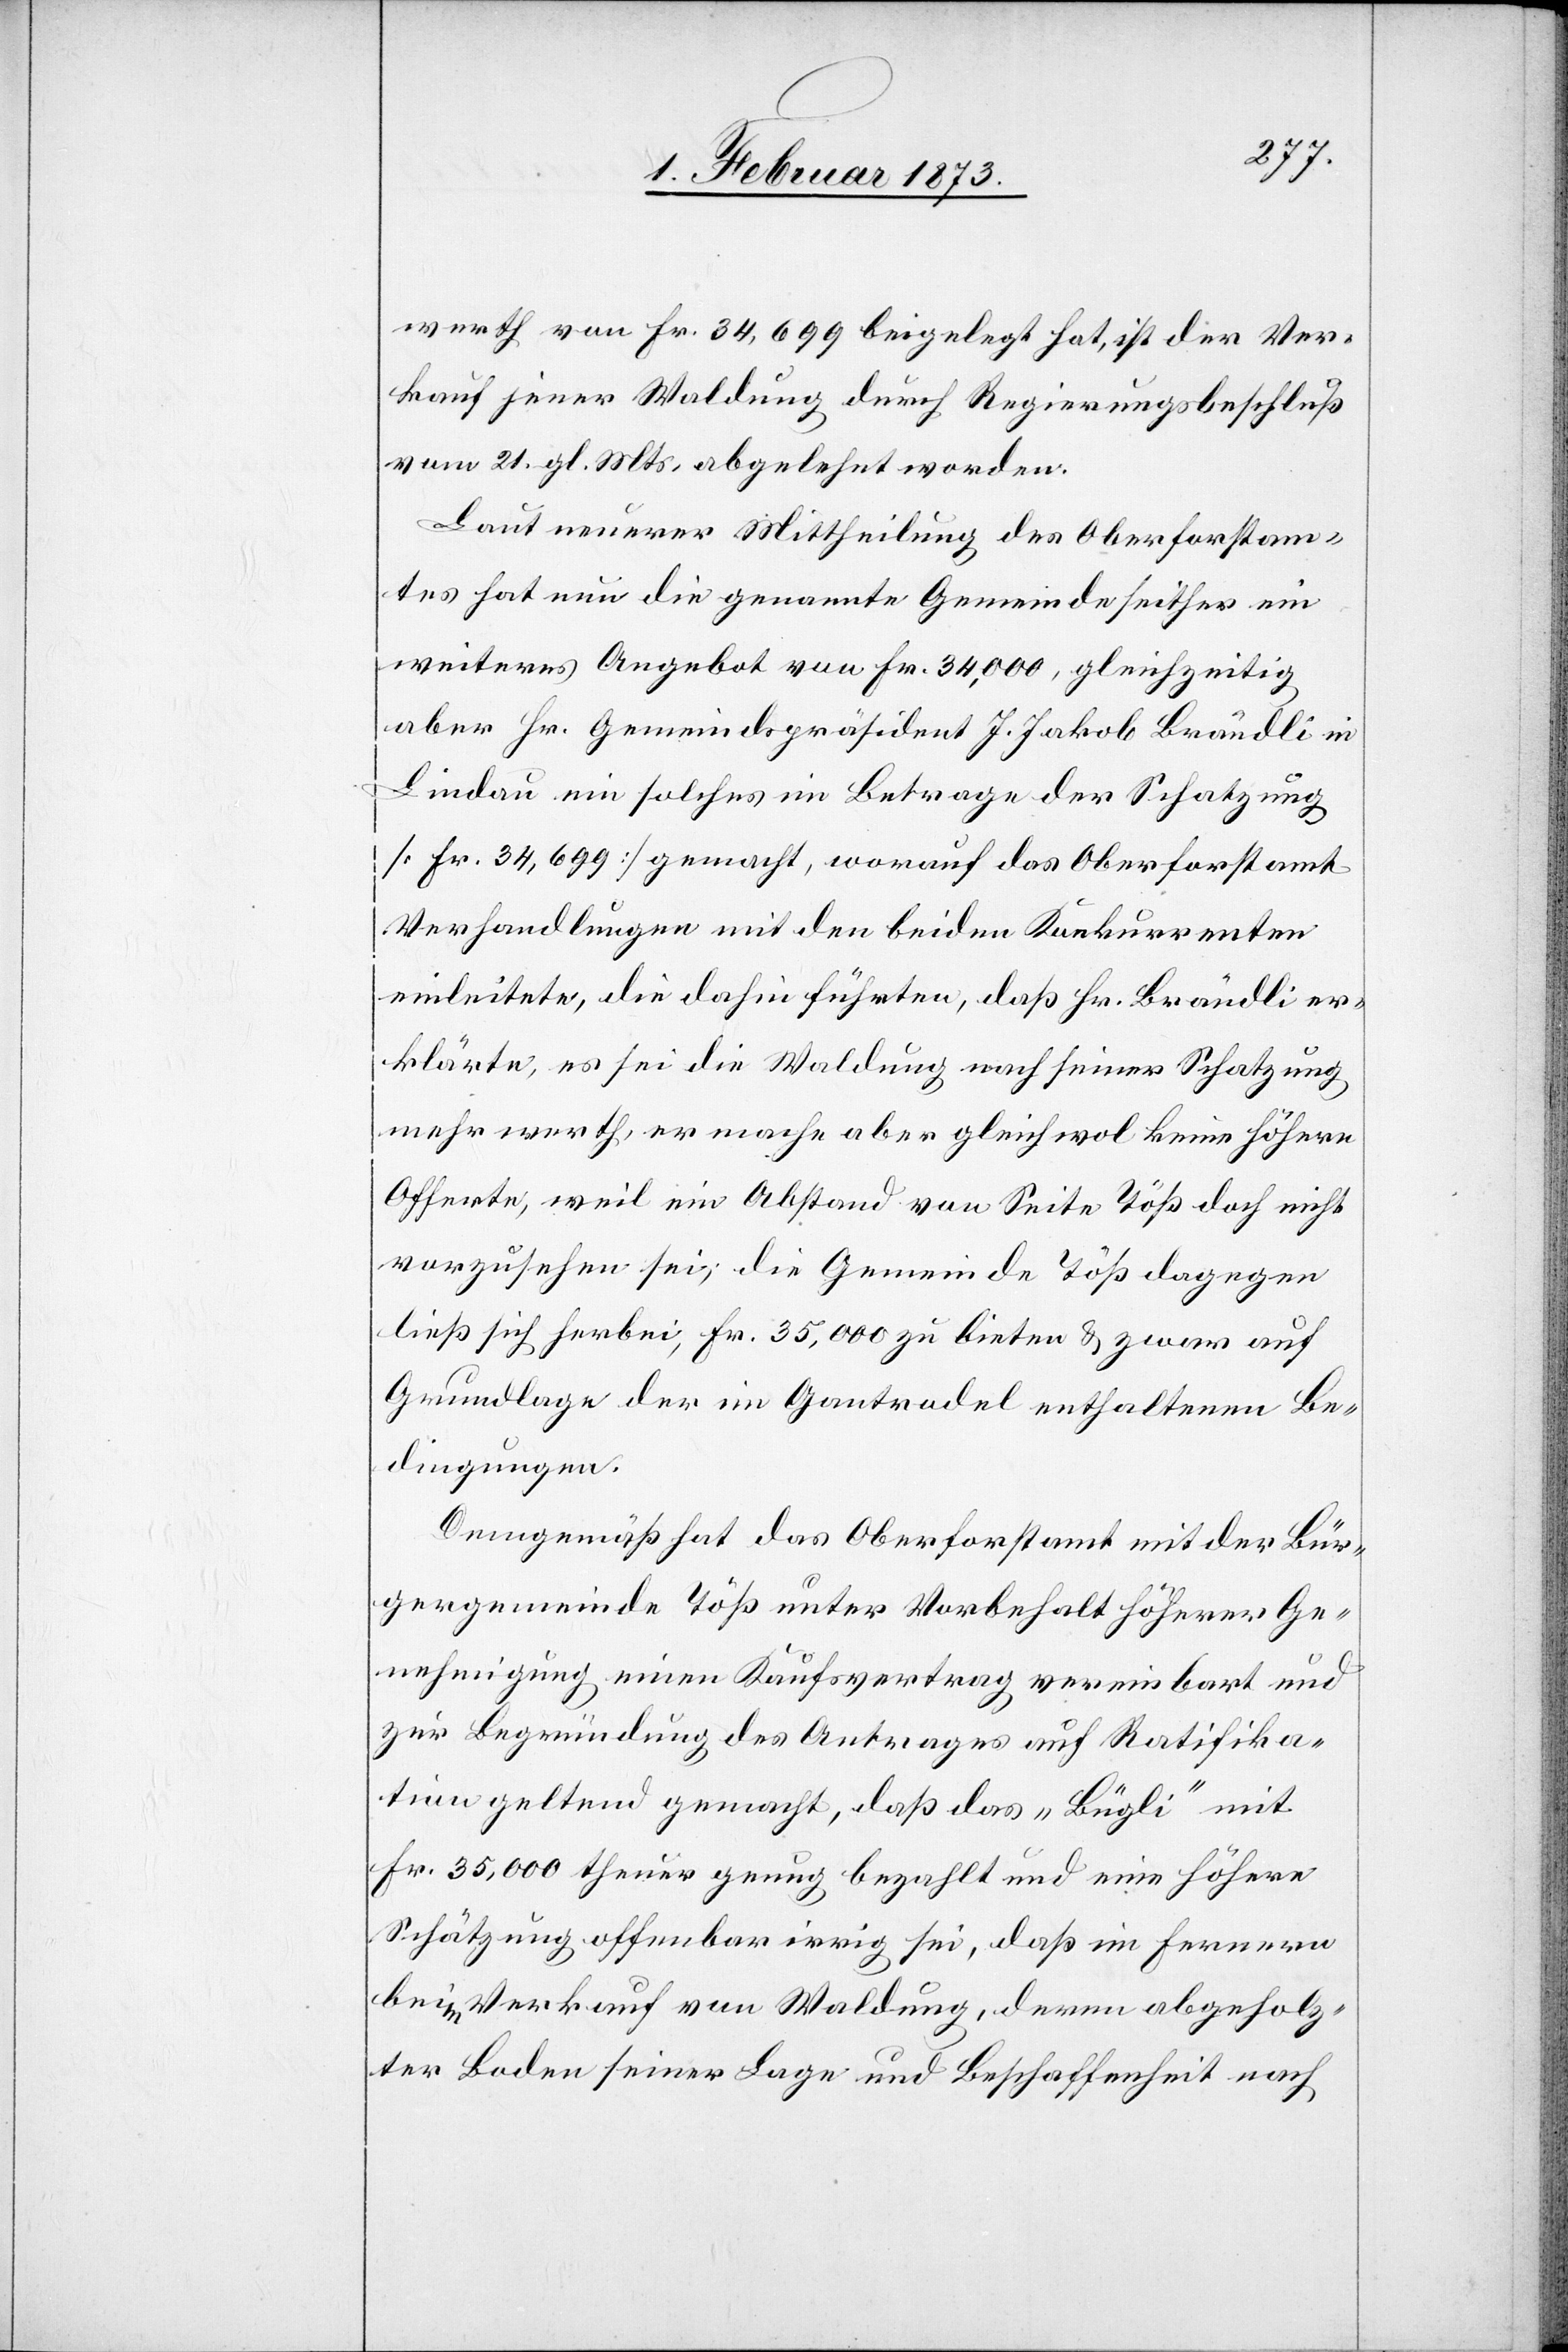
werth von Fr. 34,699 beigelegt hat, ist der Ver¬
kauf jener Waldung durch Regierungsbeschluß
vom 21. gl. Mts. abgelehnt worden.
Laut neuerer Mittheilung des Oberforstam¬
tes hat nun die genannte Gemeinde seither ein
weiteres Angebot von Fr. 34,000, gleichzeitig
aber Hr. Gemeindspräsident J. Jakob Brändli in
Lindau ein solches im Betrage der Schatzung
[Fr. 34,699] gemacht, worauf das Oberforstamt
Verhandlungen mit den beiden Konkurrenten
einleitete, die dahin führten, daß Hr. Brändli er¬
klärte, es sei die Waldung nach seiner Schatzung
mehr werth, er mache aber gleichwol keine höhere
Offerte, weil ein Abstand von Seite Töß doch nicht
vorzusehen sei, die Gemeinde Töß dagegen
ließ sich herbei, Fr. 35,000 zu bieten u. zwar auf
Grundlage der im Gantrodel enthaltenen Be¬
dingungen.
Demgemäß hat das Oberforstamt mit der Bür¬
gergemeinde Töß unter Vorbehalt höherer Ge¬
nehmigung einen Kaufsvertrag vereinbart und
zur Begründung des Antrages auf Ratifika¬
tion geltend gemacht, daß das „Bügli“ mit
Fr. 35,000 theuer genug bezahlt und eine höhere
Schätzung offenbar irrig sei, daß im Fernern
beim Verkauf von Waldung, deren abgeholz¬
ter Boden seiner Lage und Beschaffenheit nach